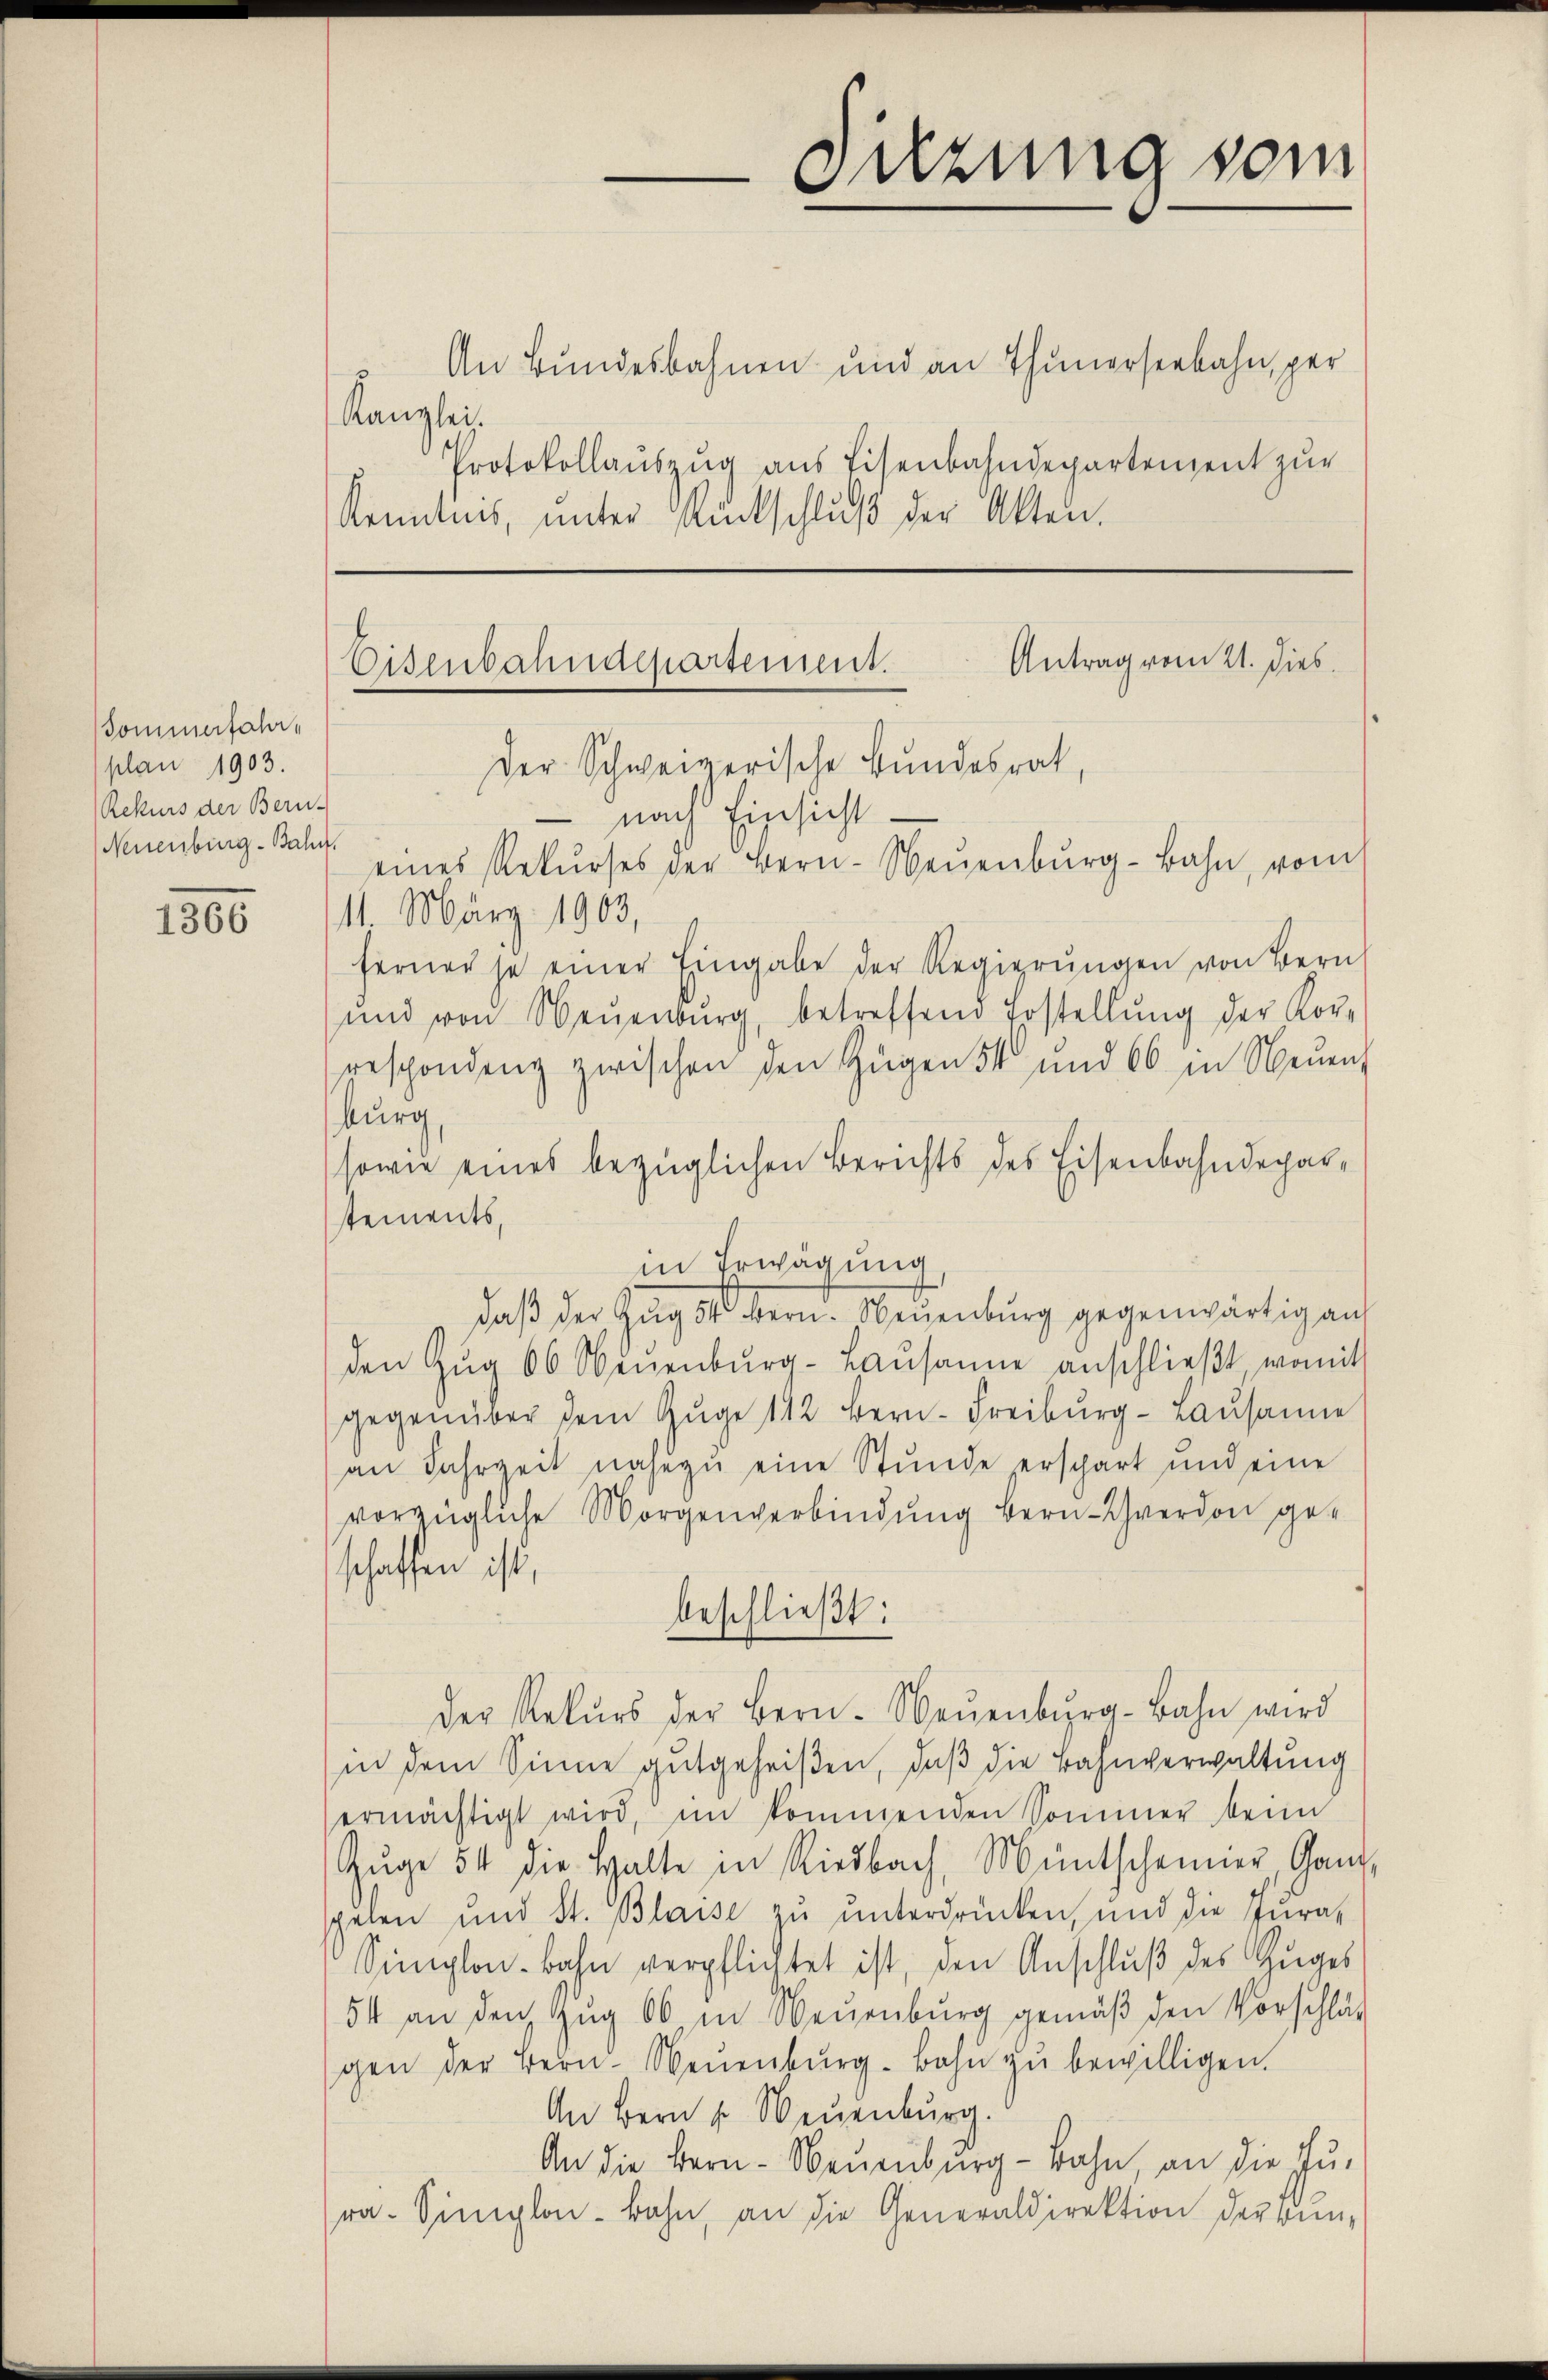
Sommerfahr
plan 1903.
Rekurs der Bern-
Neuenburg-Bahn.

1500

An Bundesbahnen und an Thunerseebahn, per
Kanzlei.
Protokollauszug aus Eisenbahndepartement zur
Kenntnis, unter Rückschluß der Akten.

Sitzung vom

Antrag vom 21. dies
Eisenbahndepartement.
Der Schweizerische Bundesrat,

nach Einsicht.
eines Rekŭrses der Bern-Neŭenbŭrg-Bahn, vom
11. März 1903,
ferner je einer Eingabe der Regierŭngen von Bern
und von Neuenburg, betreffend Erstellung der Kor-
Beschondenz zwischen den Zügen 54 und 66 in Neuen,
burg,
sowie eines bezüglichen Berichts des Eisenbahndeparstements,
in Erwägung
daß der Zug 54 bern. Neuenburg gegenwärtig auf
den Zŭg 66 Neŭenbŭrg-Laŭsanne anschlieβt, womit
gegenüber dem Gŭge 142 Bern-Freiburg-Laŭsame
an Jahrzeit nahezu eine Stunde erschart und eine
vorzügliche Morgenverbindŭng bern verdon geschaffen ist,
beschließt:
der Rekŭrs der Bern-Neŭenbŭrg-Bahn wird
in dem Sinne gutgeheißen, daß die Bahnverwaltung
ermächtigt wird, im kommenden Sommer beim
Zŭge 54 die Halte in Riesbach, Muntscheiner, Ganz,
sphalen und St. Blaise zu unterdrücken, und die Jura,
Simplon bahn verpflichtet ist, den Anschluß des Zuges
54 an den Zug 66 in Neuenburg gemäβ den Vorschläf
gen der Bern- Neuenburg-Bahn zu bewilligen.
An Bern s. Neuenburg.
An die Bern - Neuenburg-Bahn, an die Ju-
ra. Simplon Bahn, an die Generaldirektion der Bun¬